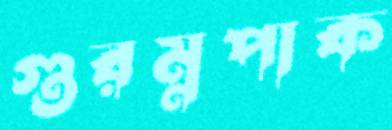
গুরম্নপাক